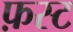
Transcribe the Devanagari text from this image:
फ़स्ट